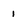
Character: 1